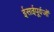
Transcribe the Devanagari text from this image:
ईसाईपूर्वजों